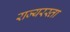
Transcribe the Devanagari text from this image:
राज्यरस्ता